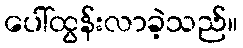
ပေါ်ထွန်းလာခဲ့သည်။